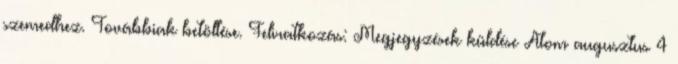
szemedhez. Továbbiak betöltése. Feliratkozás: Megjegyzések küldése Atom augusztus 4